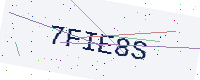
Text: 7FIE8S